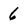
Character: 6